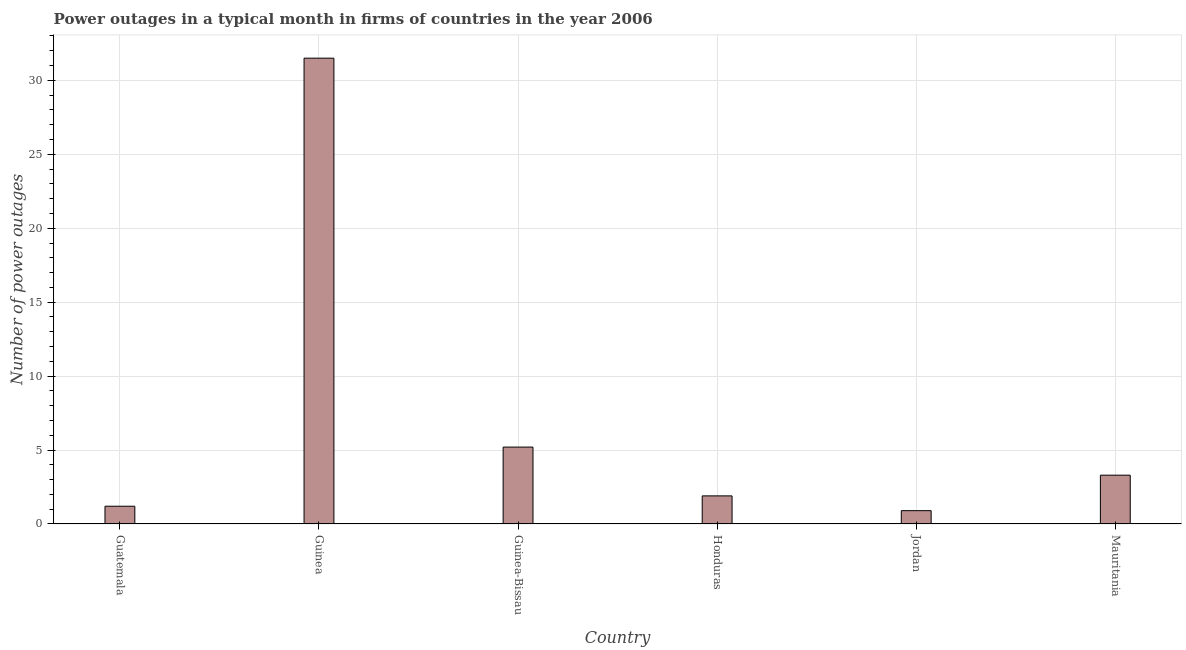
| Country | Power outages |
 | --- | --- |
 | Guatemala | 1.2 |
 | Guinea | 31.5 |
 | Guinea-Bissau | 5.2 |
 | Honduras | 1.9 |
 | Jordan | 0.9 |
 | Mauritania | 3.3 |